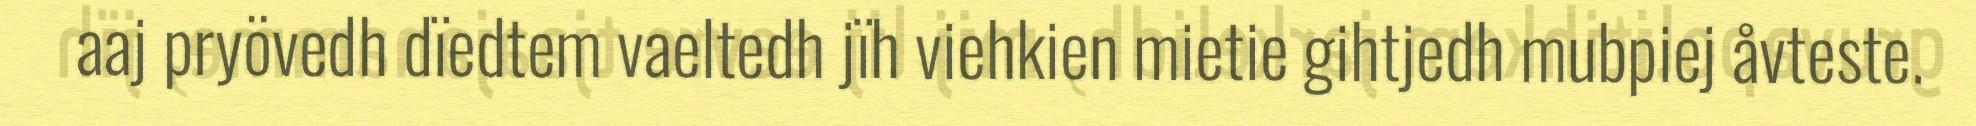
aaj pryövedh dïedtem vaeltedh jïh viehkien mietie gihtjedh mubpiej åvteste.